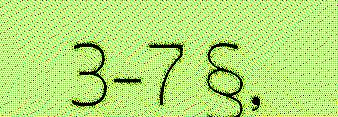
3-7 §,